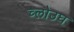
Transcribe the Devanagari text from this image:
च्लोउघ